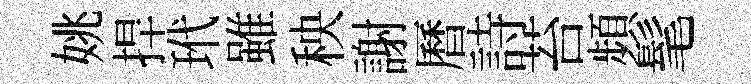
姚捍玳雖秧謝曆詩苔頻髦